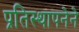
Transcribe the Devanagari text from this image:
प्रतिस्थापनेने